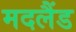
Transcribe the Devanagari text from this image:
मदलैंड